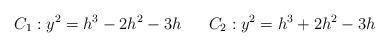
LaTeX: \begin{align*}C_1: y^2 = h^3 - 2h^2 -3h\;\;\;\;\;\;C_2: y^2 = h^3 + 2h^2 -3h\end{align*}